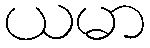
ယမာ